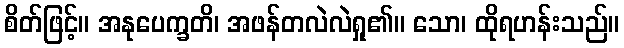
စိတ်ဖြင့်။ အနုပေက္ခတိ၊ အဖန်တလဲလဲရှု၏။ သော၊ ထိုရဟန်းသည်။